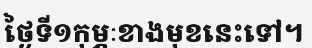
ថ្ងៃទី១កុម្ភៈខាងមុខនេះទៅ។